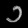
Digit: ၁